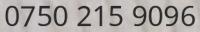
0750 215 9096